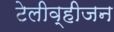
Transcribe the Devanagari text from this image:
टेलीव्हीजन